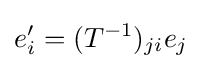
e'_{i}=(T^{-1})_{ji}e_{j}